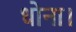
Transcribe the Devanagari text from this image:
धोना।